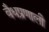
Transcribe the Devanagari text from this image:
वैधप्रणाली